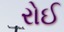
રોઈ